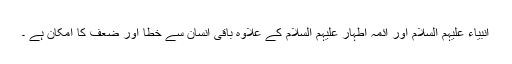
انبیاء علیہم السلام اور ائمہ اطہار علیہم السلام کے علاوہ باقی انسان سے خطا اور ضعف کا امکان ہے ۔